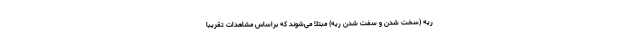
ریه (سخت شدن و سفت شدن ریه) مبتلا می‌شوند که براساس مشاهدات تقریبا